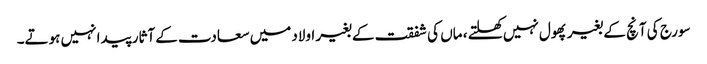
سورج کی آنچ کے بغیر پھول نہیں کھلتے ، ماں کی شفقت کے بغیر اولاد میں سعادت کے آثار پیدا نہیں ہوتے۔